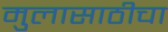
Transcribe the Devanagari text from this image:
मुलासाठीचा